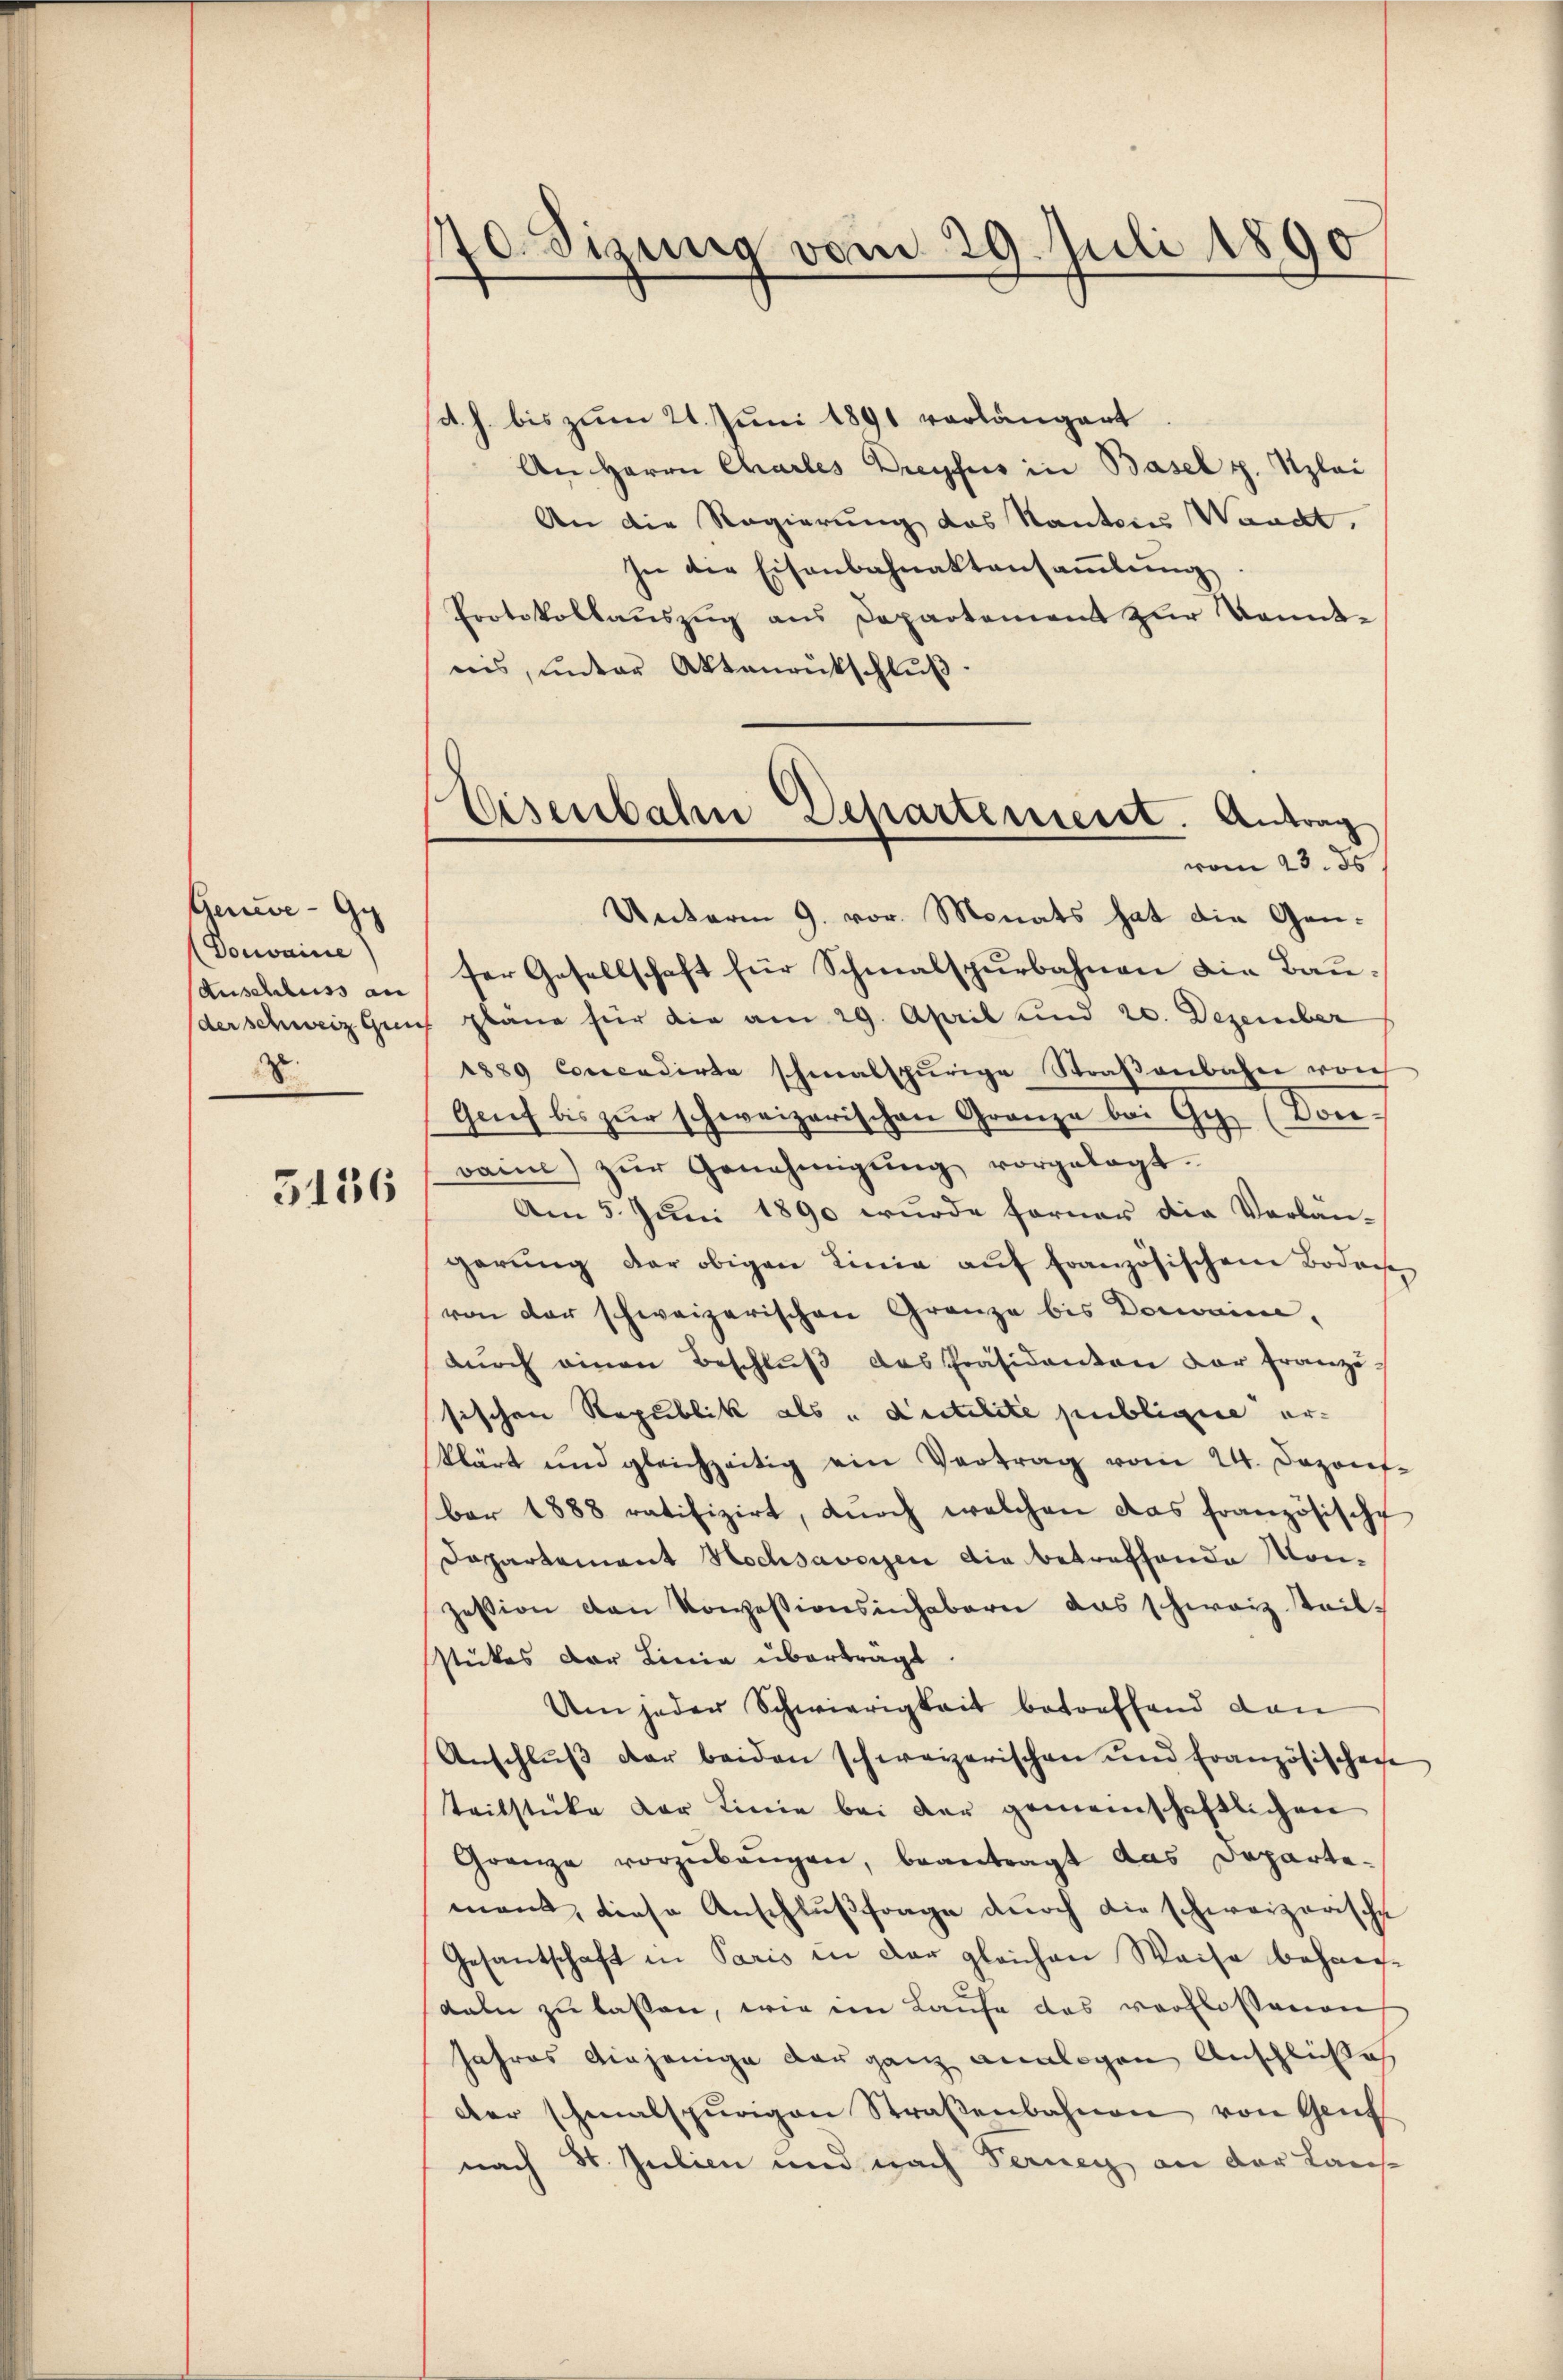
Gerve-Gy
(Donvaine)
Auschluss an
der schweiz geei
S.

5136

170. Sizung vom 29. Juli 1890

Eisenbahn Departement. Antrag
vom 23. ds

(d. h. bis zum 21. Juni 1891 vorlängert
An Herrn Charles Dreyfus in Basel p. Szlai
An die Regierung des Kantons Waackt.
In der Eisenbahnaktansaṁlŭng
Protokollaŭszŭg ans Departement zŭr Kennt-
nis, unter Aktenrückschlŭβ
Unterm 9. vor. Monats hat die Ganser Gesellschaft für Schmalspurbahnen die Baupläne für die am 29. April und 20. Dezember
1889 Concendirte schmalspurige Straßenbahn von
Genf bis zur schweizerischen Granze bei Gy. (Von
vann) zŭr Genehmigŭng vorgelegt.
Am 5. Juni 1890 wurde ferner die Verlän-
gerŭng der obigen Linie aŭf französischen Bodens
von der schweizerischen Gränze bis Domaine,
dŭrch einen Beschlŭβ des Präsidenten der franzö-
sischen Republik als „dutilite publicire erklärt und gleichzeitig ein Vertrag vom 24. Dezons-
ber 1888 ratifizirt, dŭrch welchen das französische
Dapartement Hochsavoyen die betreffende Konzession den Konzessionsinhabern das schweiz steilstückes der Linie übertragt.
Um jeder Schwierigkeit betreffend dan
Anschlŭβ der beiden schweizerischen und Französischeche
teilstücke der Linie bei der gemeinschaftlichen
Grenze vorzŭbeŭgen, beantragt das Departement, diese Anschlußfrage durch die schweizerische
Gesantschaft in Paris in der gleichen Waise behaupdeln zu lassen, wie im Laufe das verflossenen
Jahres diejenige der ganz analogen Anschluße
der schmalspurigen Straßenbahnen von Genf
nach St. Julien und nach Ferney an der Laus-